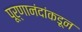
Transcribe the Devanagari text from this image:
पूर्णानंदांकडून